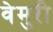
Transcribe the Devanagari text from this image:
वेमुरी